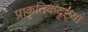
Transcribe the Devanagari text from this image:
प्राकृतिकदृष्ट्या